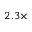
2 . 3 \times